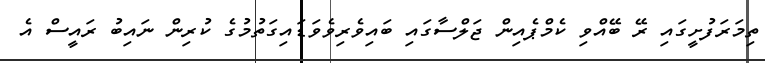
ތިމަރަފުށީގައި ރޭ ބޭއްވި ކެމްޕެއިން ޖަލްސާގައި ބައިވެރިވެވަޑައިގަތުމުގެ ކުރިން ނައިބު ރައީސް އެ